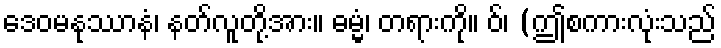
ဒေဝမနုဿာနံ၊ နတ်လူတို့အား။ ဓမ္မံ၊ တရားကို။ ဝ်၊ (ဤစကားလုံးသည်